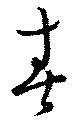
春